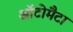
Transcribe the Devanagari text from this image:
ऑटोमैटा